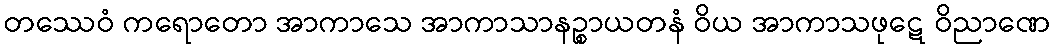
တဿေဝံ ကရောတော အာကာသေ အာကာသာနဉ္စာယတနံ ဝိယ အာကာသဖုဋေ ဝိညာဏေ